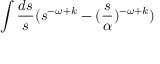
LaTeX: \int { \frac { d s } { s } } ( s ^ { - \omega + k } - ( { \frac { s } { \alpha } } ) ^ { - \omega + k } )